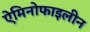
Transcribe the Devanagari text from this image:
ऐमिनोफाइलीन